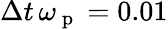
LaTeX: \Delta t\, \omega_{\mathrm{~p~}}=0.01